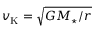
v _ { \mathrm { K } } = \sqrt { G M _ { \star } / r }